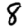
Digit: 8